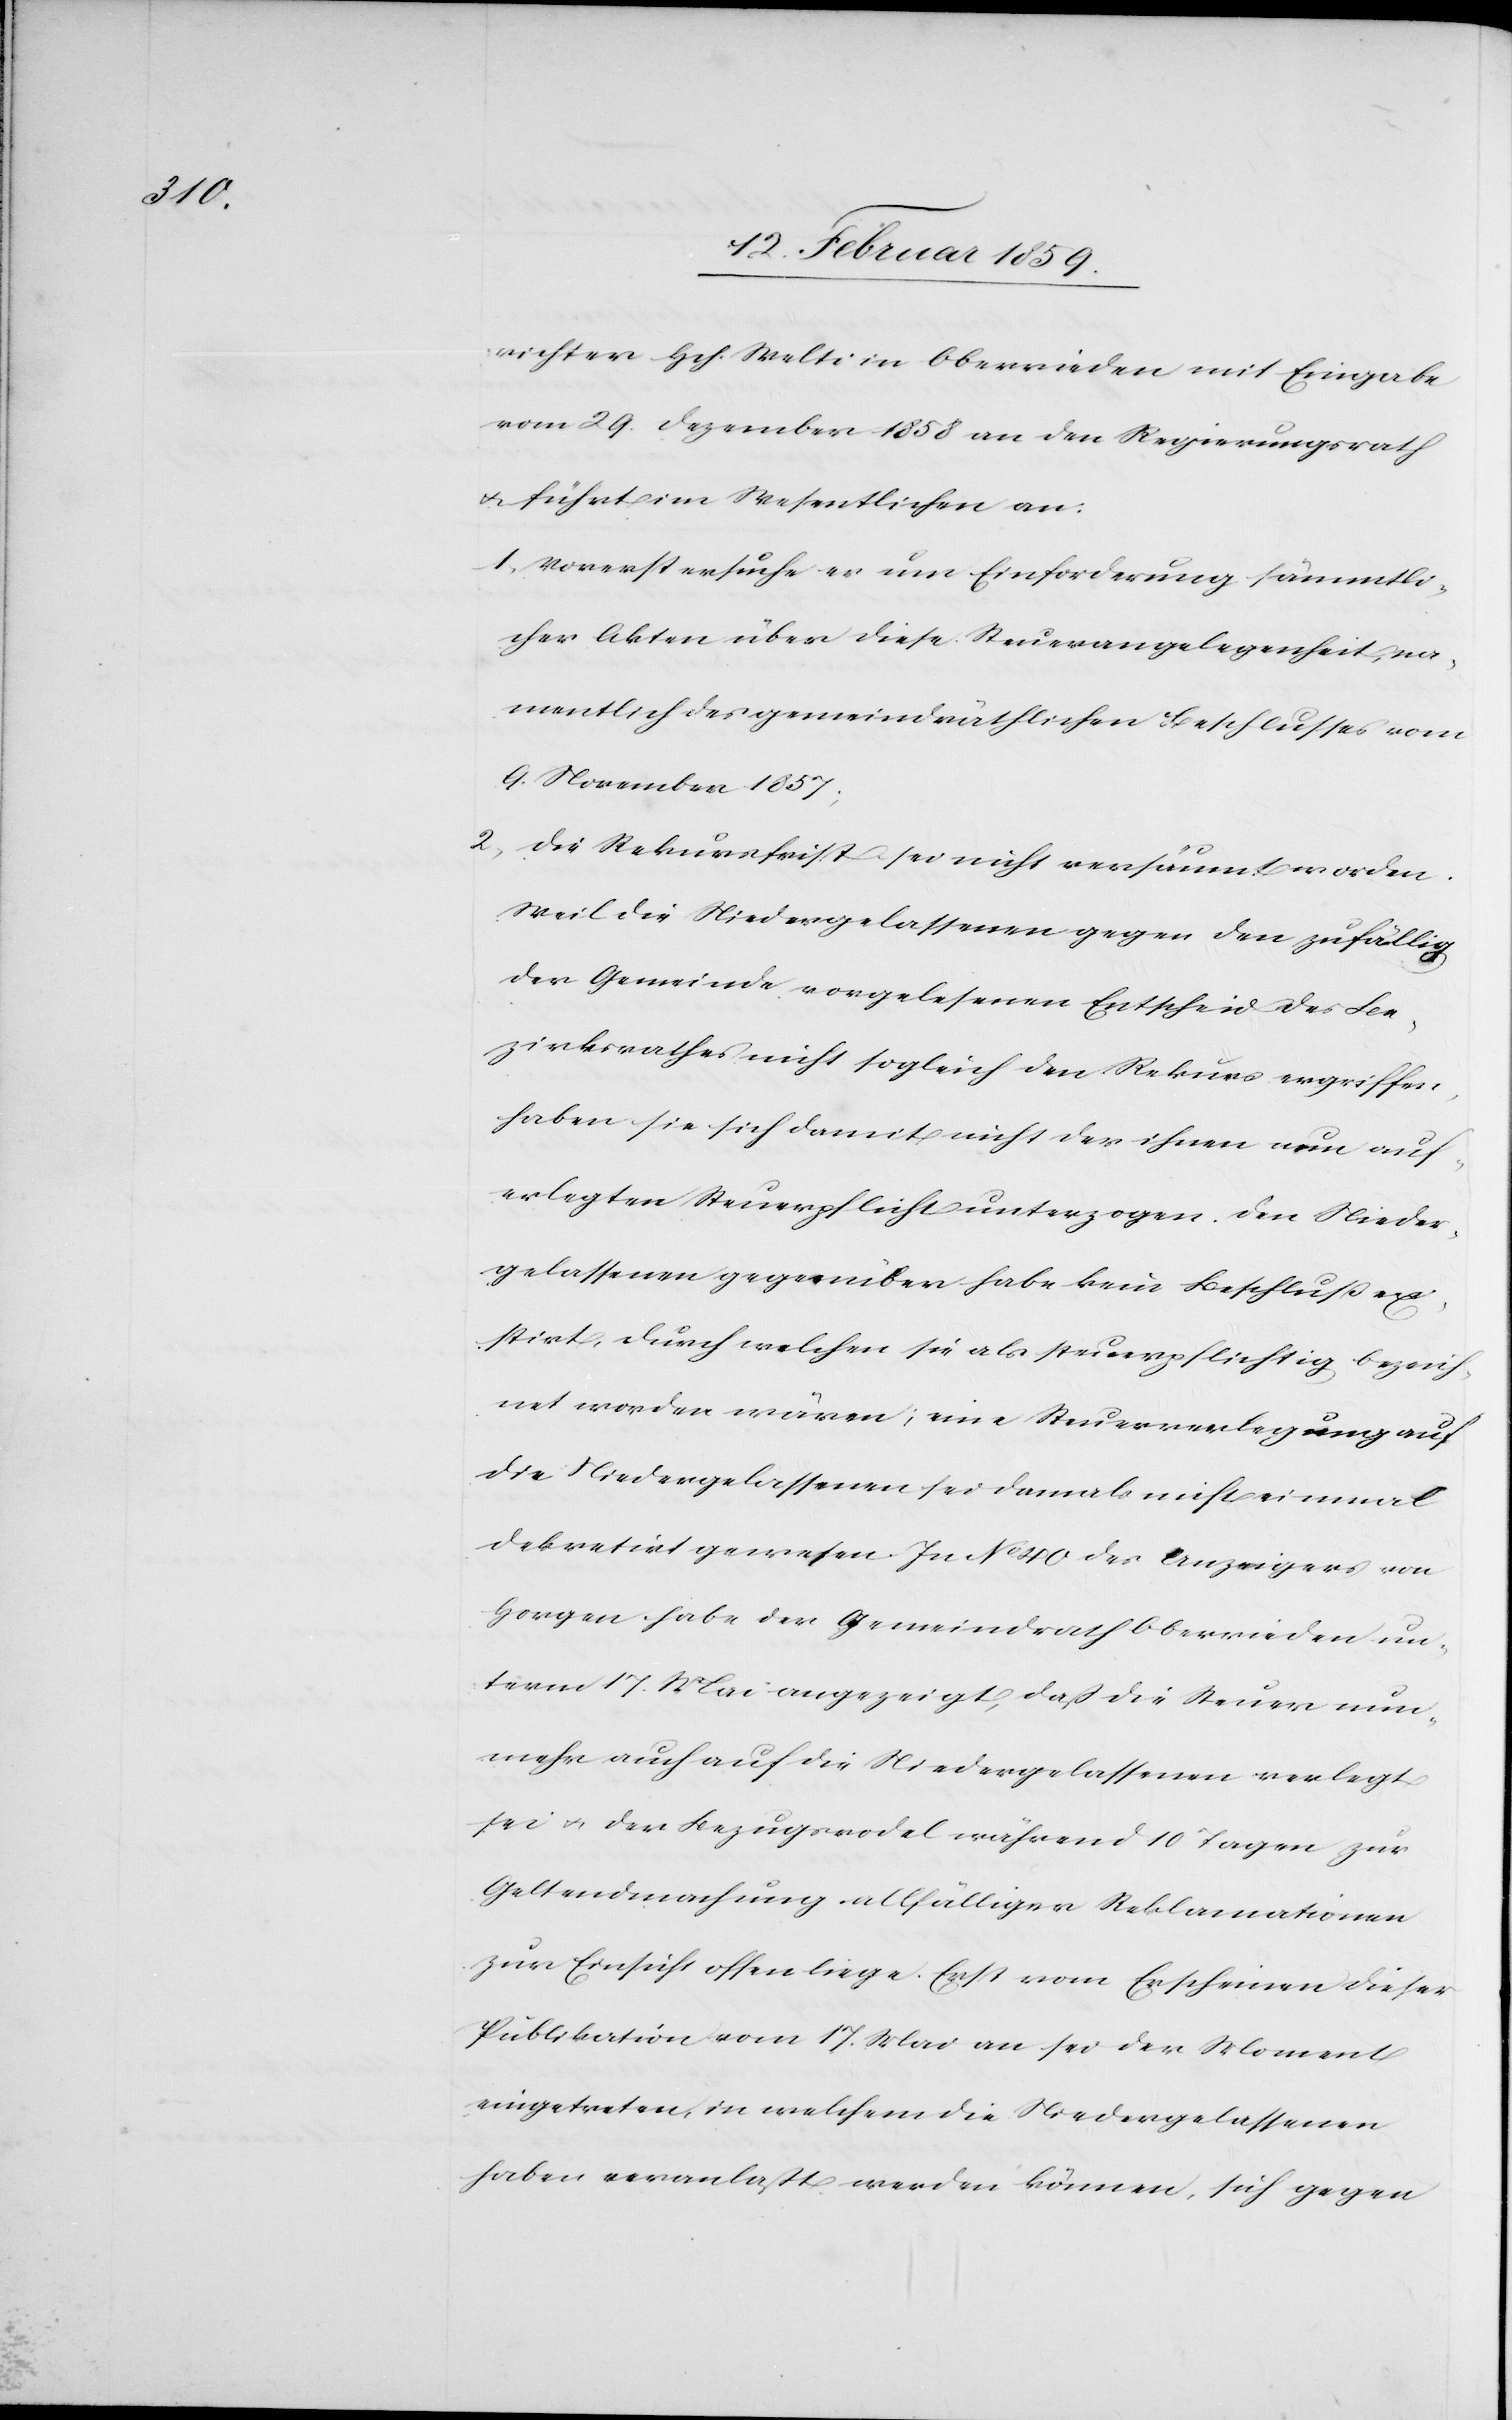
richter Hch. Welti in Oberrieden mit Eingabe
vom 29. Dezember 1858 an den Regierungsrath
u. führt im Wesentlichen an:
1) Vorerst ersuche er um Einforderung sämmtli¬
cher Akten über diese Steuerangelegenheit, Na¬
mentlich des gemeindräthlichen Beschlusses vom
9. November 1857;
2) Die Rekursfrist sei nicht versäumt worden.
Weil die Niedergelassenen gegen den zufällig
der Gemeinde vorgelesenen Entscheid des Be¬
zirksrathes nicht sogleich den Rekurs ergriffen,
haben sie sich damit nicht der ihnen nun auf¬
erlegten Steuerpflicht unterzogen. Den Nieder¬
gelassenen gegenüber habe kein Beschluß exi¬
stirt, durch welchen sie als steuerpflichtig bezeich¬
net worden wären; eine Steuerverlegung auf
die Niedergelassenen sei damals nicht einmal
dekretirt gewesen. In No 40 des Anzeigers von
Horgen habe der Gemeindrath Oberrieden un¬
term 17. Mai angezeigt, daß die Steuer nun¬
mehr auch auf die Niedergelassenen verlegt
sei u. der Bezugsrodel während 10 Tagen zur
Geltendmachung allfälliger Reklamationen
zur Einsicht offen liege. Erst vom Erscheinen dieser
Publikation vom 17. Mai an sei der Moment
eingetreten, in welchem die Niedergelassenen
haben veranlaßt werden können, sich gegen